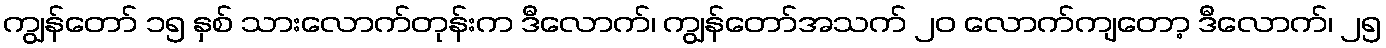
ကျွန်တော် ၁၅ နှစ် သားလောက်တုန်းက ဒီလောက်၊ ကျွန်တော်အသက် ၂၀ လောက်ကျတော့ ဒီလောက်၊ ၂၅